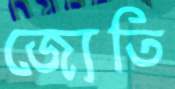
জ্যেতি